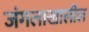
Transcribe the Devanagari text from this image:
जंगलाखालील